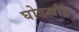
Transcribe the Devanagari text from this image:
घोडचौरे